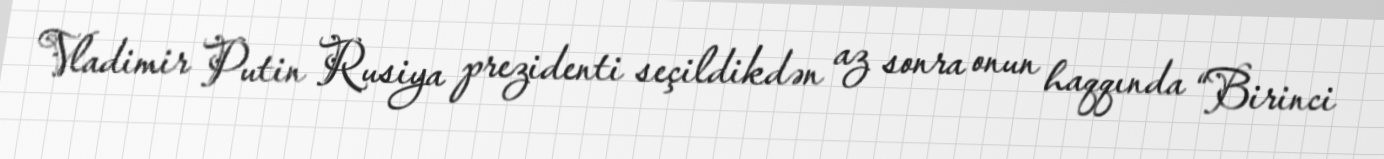
Vladimir Putin Rusiya prezidenti seçildikdən az sonra onun haqqında “Birinci